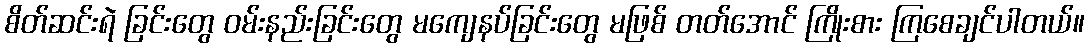
စိတ်ဆင်းရဲ ခြင်းတွေ ဝမ်းနည်းခြင်းတွေ မကျေနပ်ခြင်းတွေ မဖြစ် တတ်အောင် ကြိုးစား ကြစေချင်ပါတယ်။